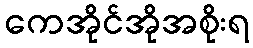
ကေအိုင်အိုအစိုးရ